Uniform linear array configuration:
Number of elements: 24
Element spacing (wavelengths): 1
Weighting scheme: binomial
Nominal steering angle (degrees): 0
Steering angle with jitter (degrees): -0.98
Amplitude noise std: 0.05
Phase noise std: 0.05

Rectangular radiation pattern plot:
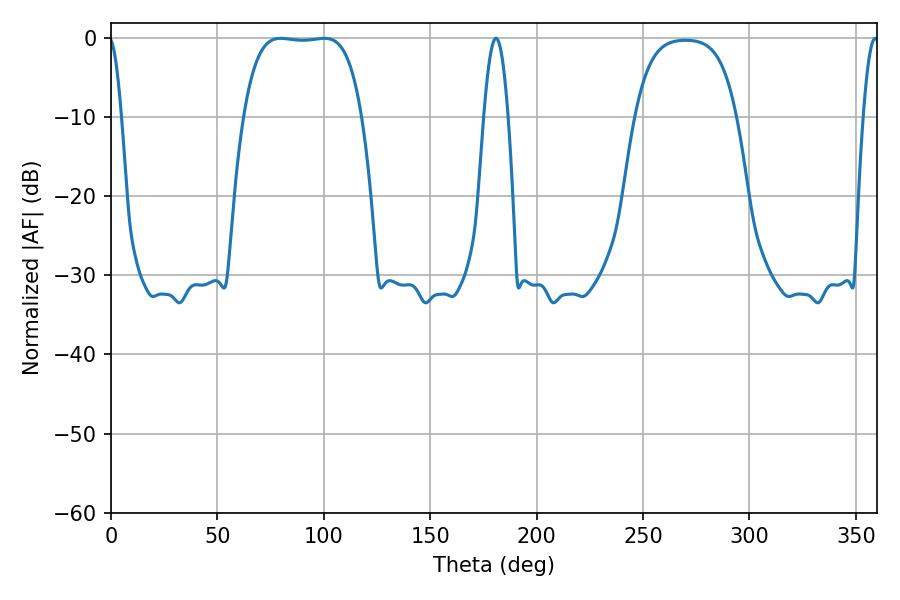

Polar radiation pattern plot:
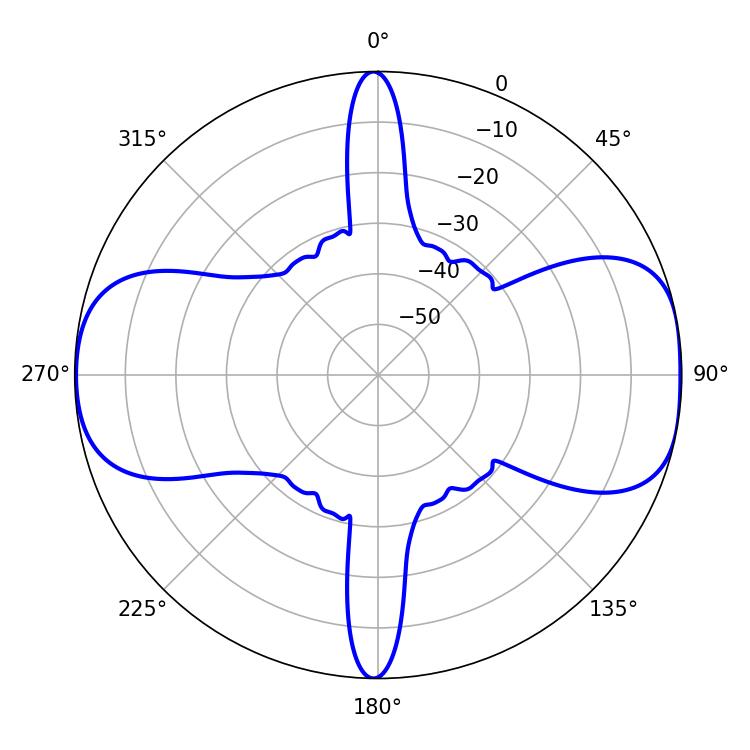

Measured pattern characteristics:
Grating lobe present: TRUE
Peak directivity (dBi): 10.216
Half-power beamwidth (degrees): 43.2
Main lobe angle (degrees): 79.74